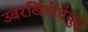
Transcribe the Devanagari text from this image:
उंबरखिंडीचेंयुद्ध